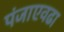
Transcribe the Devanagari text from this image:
पंजाएवढा